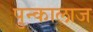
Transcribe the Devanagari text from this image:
पुन्कालाज